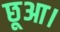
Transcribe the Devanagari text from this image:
छूआ।